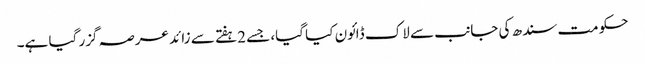
حکومت سندھ کی جانب سے لاک ڈائون کیا گیا، جسے 2ہفتے سے زائد عرصہ گزر گیا ہے۔